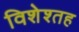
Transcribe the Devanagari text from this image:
विशेश्तह